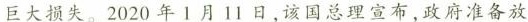
巨大损失。2020年1月11日，该国总理宣布，政府准备放